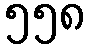
၅၅၈